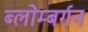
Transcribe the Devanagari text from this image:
ब्लोम्बर्गन